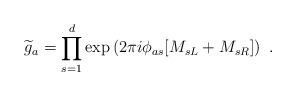
\begin{align*} {\widetilde g}_a=\prod_{s=1}^d \exp\left({2\pi i\phi_{as}} [M_{sL}+M_{sR}]\right)~.\end{align*}